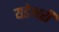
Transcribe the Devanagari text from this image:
यडेश्वरी